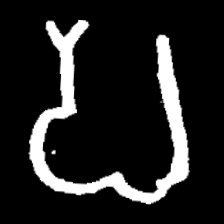
Pyu character \u2014 Myanmar letter: ပ (romanized: pa)